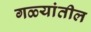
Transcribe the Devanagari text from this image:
गळ्यांतील